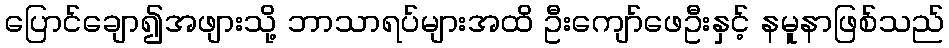
ပြောင်ချော၍အဖျားသို့ ဘာသာရပ်များအထိ ဦးကျော်ဖေဦးနှင့် နမူနာဖြစ်သည်